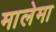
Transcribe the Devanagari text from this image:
मालेमा